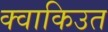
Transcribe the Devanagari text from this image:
क्वाकिउत